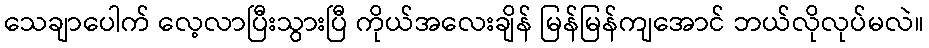
သေချာပေါက် လေ့လာပြီးသွားပြီ ကိုယ်အလေးချိန် မြန်မြန်ကျအောင် ဘယ်လိုလုပ်မလဲ။